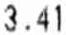
3.41